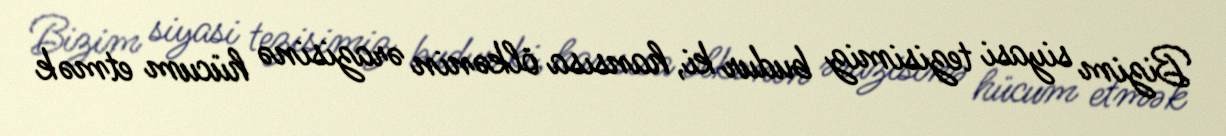
Bizim siyasi tezisimiz budur ki, hansısa ölkənin ərazisinə hücum etmək